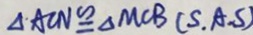
\Delta A C N \cong \Delta M C B ( S . A . S )